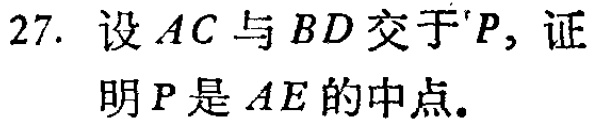
27. 设 \(AC\) 与 \(BD\) 交于 \(P\)，证明 \(P\) 是 \(AE\) 的中点。